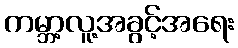
ကမ္ဘာ့လူ့အခွင့်အရေး